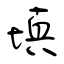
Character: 填